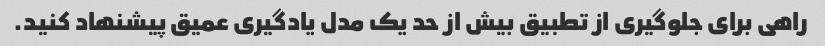
راهی برای جلوگیری از تطبیق بیش از حد یک مدل یادگیری عمیق پیشنهاد کنید.